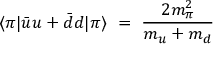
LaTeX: \langle \pi | \bar { u } u + \bar { d } d | \pi \rangle \ = \ \frac { 2 m _ { \pi } ^ { 2 } } { m _ { u } + m _ { d } }